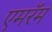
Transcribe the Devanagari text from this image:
एमरॅम